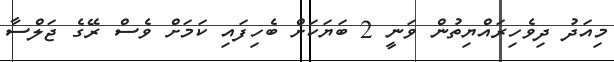
މިއަދު ދިވެހިރައްޔިތުން ވަނީ 2 ބަޔަކަށް ބެހިފައި ކަމަށް ވެސް ރޭގެ ޖަލްސާ